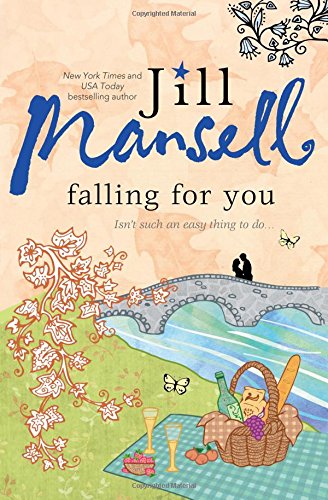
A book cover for Falling for You; Jill Mansell; Literature & Fiction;